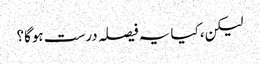
لیکن، کیا یہ فیصلہ درست ہوگا؟